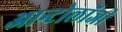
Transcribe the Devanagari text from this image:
आन्टोलॉजी